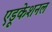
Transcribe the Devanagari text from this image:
एडूकेशनल